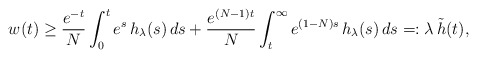
\begin{align*}w(t) \ge \frac{e^{-t}}{N} \int_0^t e^s \, h_\lambda(s) \, ds+ \frac{e^{(N-1)t}}{N} \int_t^\infty e^{(1-N)s} \, h_\lambda(s) \, ds=: \lambda \, \tilde{h}(t),\end{align*}